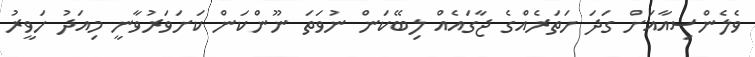
ވެލެންސިއާއަށް ގަދަ ހަތަރެއްގެ ޖާގައެއް ލިބޭކަން ނުވަތަ ނޫންކަން ކަށަވަރުވާނީ މިއަދު ހަވީރު